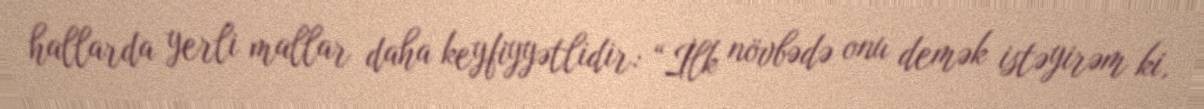
hallarda yerli mallar daha keyfiyyətlidir: “İlk növbədə onu demək istəyirəm ki,